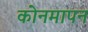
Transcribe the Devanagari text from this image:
कोनमापन